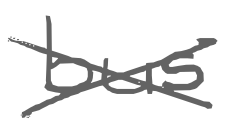
Text: bus
Cross-out: cross
Writing tool: digital_gray